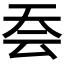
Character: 𭑆